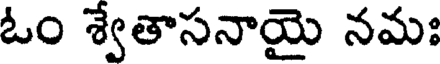
ఓం శ్వేతాసనాయై నమః